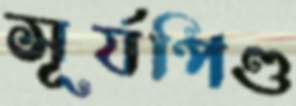
সূর্যপিণ্ড